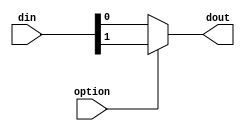
`timescale 1ns / 1ps
//////////////////////////////////////////////////////////////////////////////////
// Company: 
// Engineer: 
// 
// Design Name: 
// Module Name:    mux_2 
// Project Name: 
// Target Devices: 
// Tool versions: 
// Description: 
//
// Dependencies: 
//
// Revision: 
// Revision 0.01 - File Created
// Additional Comments: 
//
//////////////////////////////////////////////////////////////////////////////////
module mux_2(
    din,
	 dout,
	 option
    );
input [1:0] din;
input option;
output dout;
reg dout;

always@(*) begin
    if (option == 1'd0)begin
	     dout <= din[0];
	 end
	 else begin
	     dout <= din[1];
	 end
end

endmodule